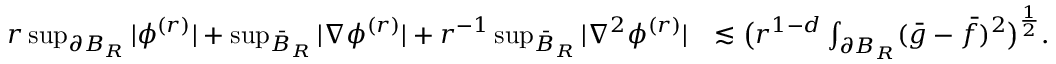
\begin{array} { r l } { r \operatorname* { s u p } _ { \partial B _ { R } } | \phi ^ { ( r ) } | + \operatorname* { s u p } _ { \bar { B } _ { R } } | \nabla \phi ^ { ( r ) } | + r ^ { - 1 } \operatorname* { s u p } _ { \bar { B } _ { R } } | \nabla ^ { 2 } \phi ^ { ( r ) } | } & { \lesssim \big ( r ^ { 1 - d } \int _ { \partial B _ { R } } ( \bar { g } - \bar { f } ) ^ { 2 } \big ) ^ { \frac { 1 } { 2 } } . } \end{array}